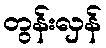
တွန်းလှန်